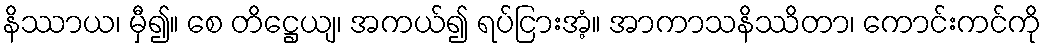
နိဿာယ၊ မှီ၍။ စေ တိဋ္ဌေယျ၊ အကယ်၍ ရပ်ငြားအံ့။ အာကာသနိဿိတာ၊ ကောင်းကင်ကို